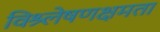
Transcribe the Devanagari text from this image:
विश्र्लेषणक्षमता